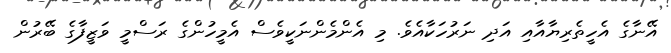
އޭނާގެ އެހީތެރިޔާއާއި އަދި ނަރުހަކާއެވެ. މި އެންމެންނަކީވެސް އެމީހުންގެ ރަސްމީ ވަޒީފާގެ ބޭރުން